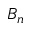
B _ { n }